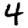
Digit: 4